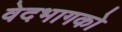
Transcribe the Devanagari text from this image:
वेदभागको